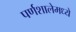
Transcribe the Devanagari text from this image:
पर्णशालेमध्ये